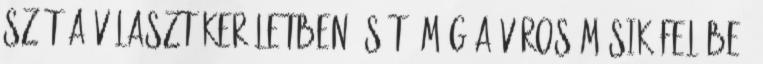
szét a választókerületben, sőt "még a város másik felébe,